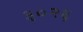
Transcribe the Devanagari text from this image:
३०२६